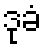
ဒုခံ